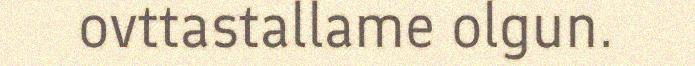
ovttastallame olgun.